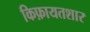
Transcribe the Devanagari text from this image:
किफ़ायतशार